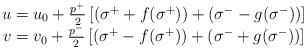
\begin{align*}\begin{array}{c}u=u_0+\frac{p^{+}}2\left[ (\sigma ^{+}+f(\sigma ^{+}))+(\sigma ^{-}-g(\sigma^{-}))\right] \\v=v_0+\frac{p^{-}}2\left[ (\sigma ^{+}-f(\sigma ^{+}))+(\sigma ^{-}+g(\sigma^{-}))\right]\end{array}\end{align*}